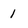
Character: I